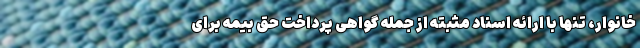
خانوار، تنها با ارائه اسناد مثبته از جمله گواهی پرداخت حق بیمه برای